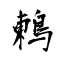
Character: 鶇